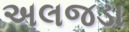
અલજડા